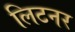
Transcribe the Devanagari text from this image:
लिटनर